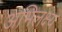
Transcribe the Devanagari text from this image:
अभिलक्ष्य